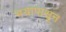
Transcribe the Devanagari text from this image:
भयापासून